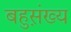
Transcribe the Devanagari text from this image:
बहुस़़ंख्य